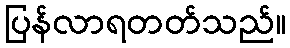
ပြန်လာရတတ်သည်။